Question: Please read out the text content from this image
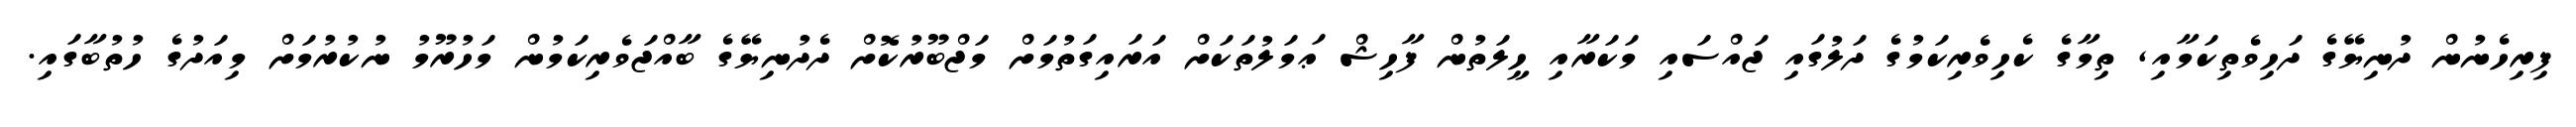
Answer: ފިރިހެނުން ދުނިޔޭގެ ދަހިވެތިކަމާއި, ތިމާގެ ކެހިވެރިކަމުގެ ދަލުގައި ޖައްސައި މަކަރާއި ހީލަތުން ފާހިޝް ޢަމަލުތަކަށް އަރައިގަތުމަށް މަޖްބޫރުކޮށް ދެދުނިޔޭގެ ބާއްޖަވެރިކަމުން މަހުރޫމު ނުކުރުމަށް މިއަދުގެ ހުތުބާގައި.